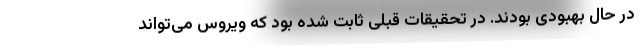
در حال بهبودی بودند. در تحقیقات قبلی ثابت شده بود که ویروس می‌تواند